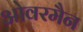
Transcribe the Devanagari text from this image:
ओवरमैन